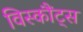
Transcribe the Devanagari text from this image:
विस्कौंट्स